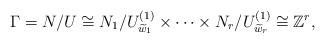
\begin{align*}\Gamma = N/U \cong N_1/U^{(1)}_{\widetilde w_1} \times\cdots\times N_r/U^{(1)}_{\widetilde w_r}\cong\mathbb{Z}^r,\end{align*}